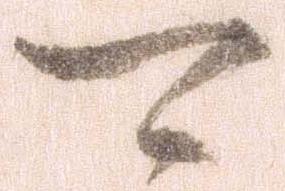
可